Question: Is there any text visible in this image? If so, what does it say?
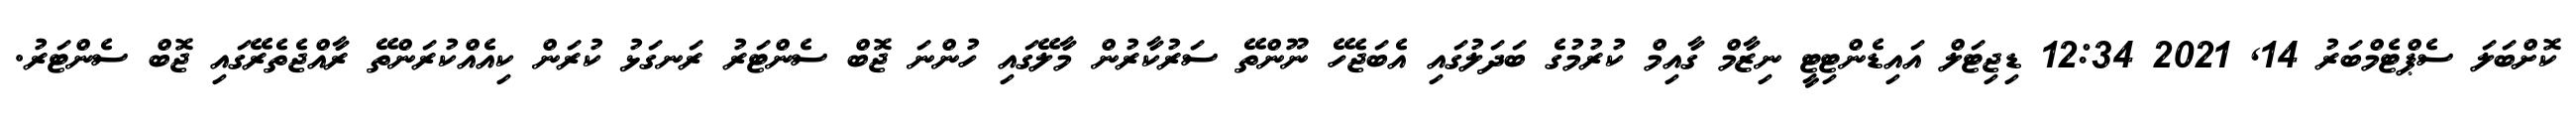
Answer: ކޮށްބަލަ ސެޕްޓެމްބަރު 14, 2021 12:34 ޑިޖިޓަލް އައިޑެންޓިޓީ ނިޒާމް ގާއިމް ކުރުމުގެ ބަދަލުގައި އެބަޖެހޭ ނޫންތޭ ސަރުކާރުން މާލޭގައި ހުންނަ ޖޮބް ސެންޓަރު ރަނގަޅު ކުރަން ކިއެއްކުރަންތޭ ރާއްޖެތެރޭގައި ޖޮބް ސެންޓަރު.